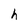
Character: h